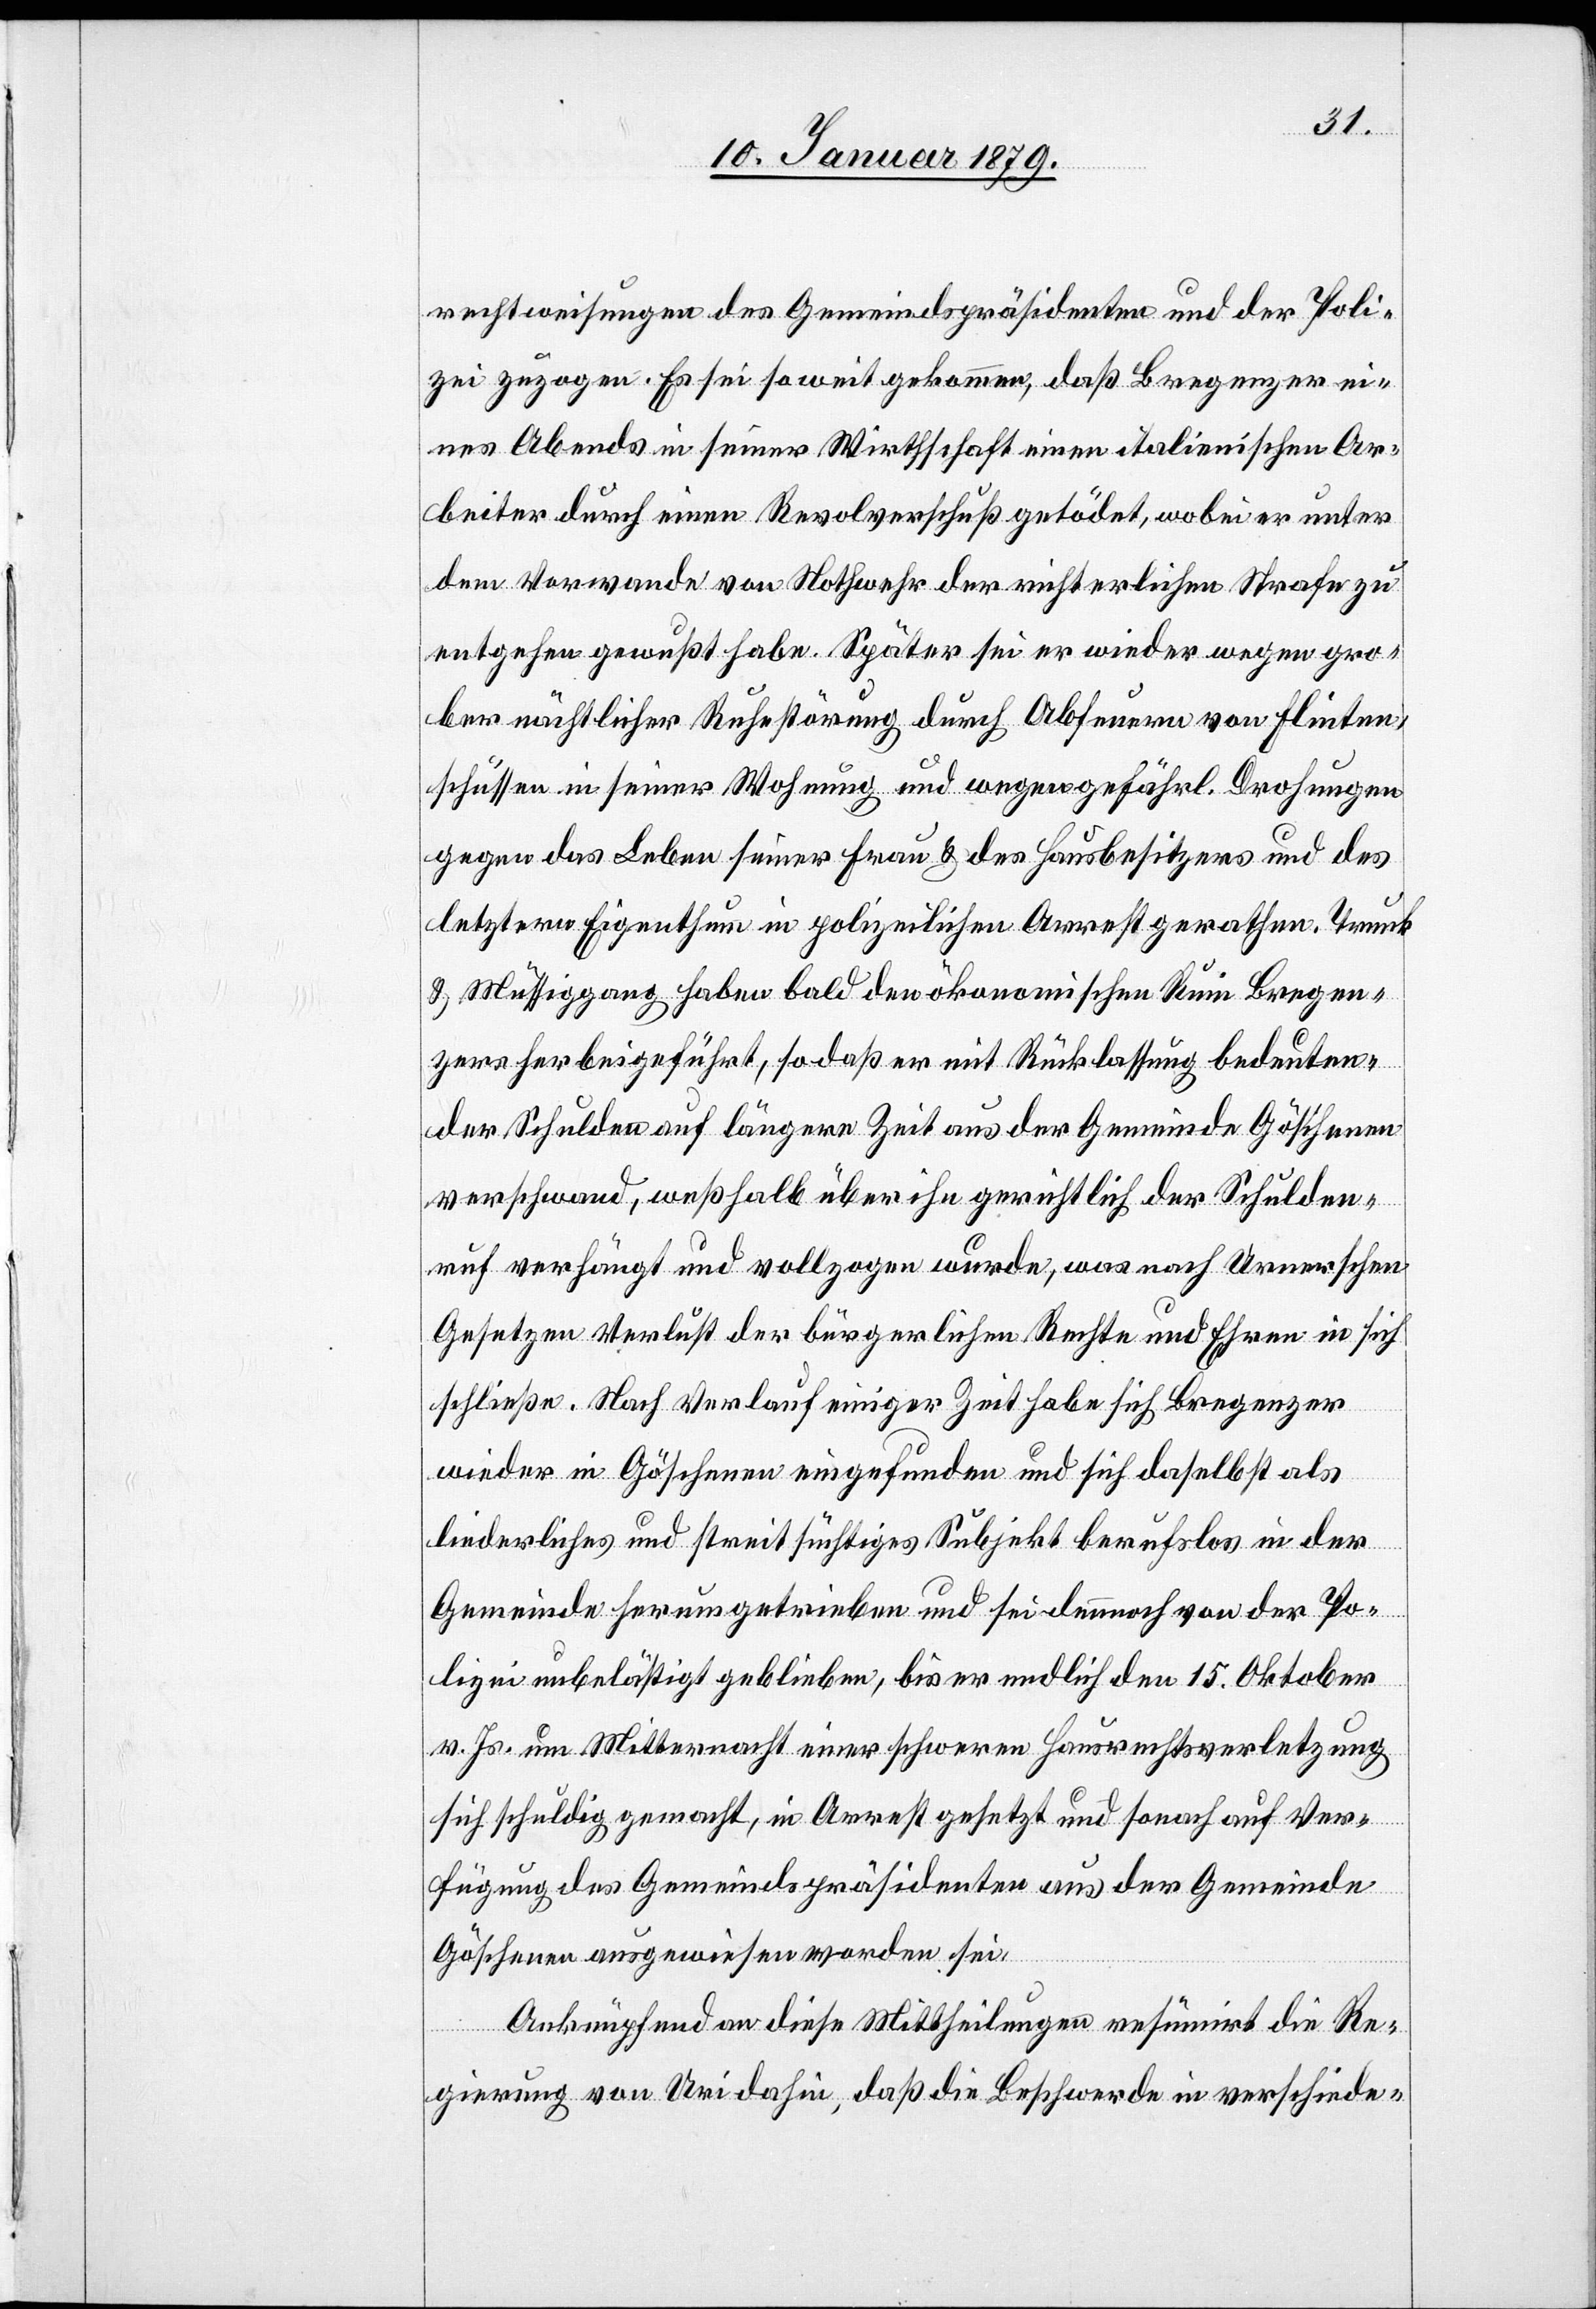
rechtweisungen des Gemeindspräsidenten und der Poli¬
zei zuzogen. Es sei wo weit gekommen, daß Bregenzer ei¬
nes Abends in seiner Wirthschaft einen italienischen Ar¬
beiter durch einen Revolverschuß getödet, wobei er unter
dem Vorwande von Nothwehr der richterlichen Strafe zu
entgehen gewußt habe. Später sei er wieder wegen gro¬
ber nächtlicher Ruhestörung durch Abfeuern von Flinten¬
schüssen in seiner Wohnung und wegen gefährl. Drohungen
gegen das Leben seiner Frau & des Hausbesitzers und des
letztern Eigenthum in polizeilichen Arrest gerathen. Trunk
& Müssiggang haben bald den ökonomischen Ruin Bregen¬
zers herbeigeführt, sodaß er mit Rücklassung bedeuten¬
der Schulden auf längere Zeit aus der Gemeinde Göschenen
verschwand, weßhalb über ihn gerichtlich der Schulden¬
ruf verhängt und vollzogen wurde, was nach Urnerschen
Gesetzen Verlust der bürgerlichen Rechte und Ehren in sich
schließe. Nach Verlauf einiger Zeit habe sich Bregenzer
wieder in Göschenen eingefunden und sich daselbst als
liederliches und streitsüchtiges Subjekt berufslos in der
Gemeinde herumgetrieben und sei dennoch von der Po¬
lizei unbelästigt geblieben, bis er endlich den 15. Oktober
v. Js. um Mitternacht einer schweren Hausrechtsverletzung
sich schuldig gemacht, in Arrest gesetzt und sonach auf Ver¬
fügung des Gemeindspräsidenten aus der Gemeinde
Göschenen ausgewiesen worden sei.
Anknüpfend an diese Mittheilungen resümirt die Re¬
gierung von Uri dahin, daß die Beschwerde in verschiede-